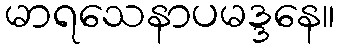
မာရသေနာပမဒ္ဒနေ။